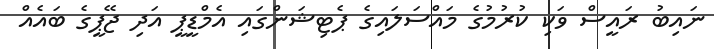
ނައިބު ރައީސް ވަކި ކުރުމުގެ މައްސަލައިގެ ޕެޓިޝަންގައި އެމްޑީޕީ އަދި ޖޭޕީގެ ބައެއް